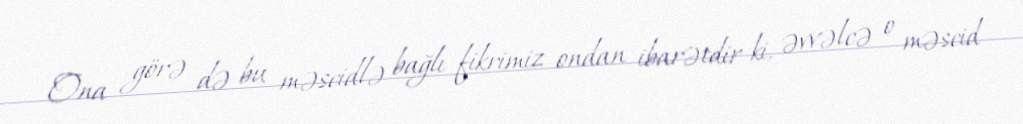
Ona görə də bu məscidlə bağlı fikrimiz ondan ibarətdir ki, əvvəlcə o məscid